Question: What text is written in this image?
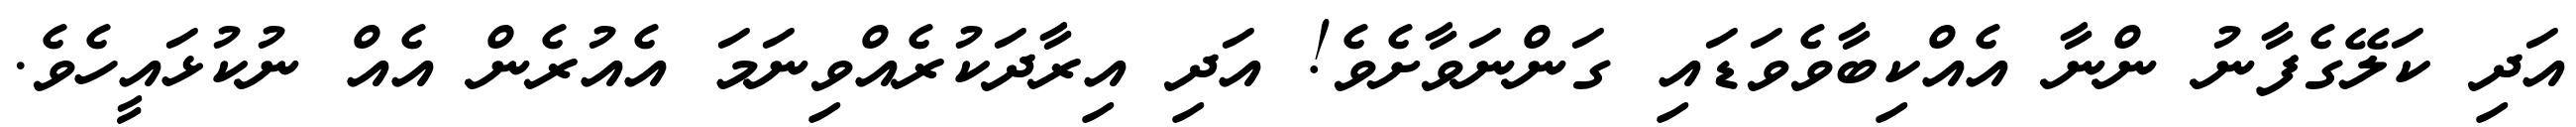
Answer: އަދި ކަލޭގެފާނު ންނާ އެއްކިބާވެވަޑައި ގަންނަވާށެވެ! އަދި އިރާދަކުރެއްވިނަމަ އެއުރެން އެއް ނުކުޅައީހެވެ.